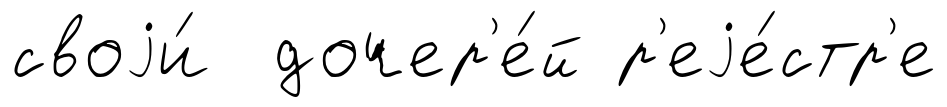
своjи́ дочер'е́й р'еjе́стр'е